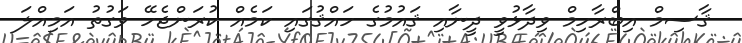
ޤާސިމް އިބްރާހިމް ވިދާޅުވީ ދީނާއި ޤައުމުގެ ހައްޤުގައި ކަމެއް ކުރަންޖެހޭ ވަގުތު އަމިއްލަ